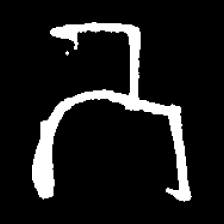
Pyu character \u2014 Myanmar letter: ဘ (romanized: bha)